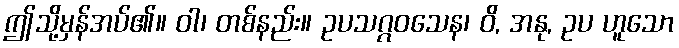
ဤသို့မှန်အပ်၏။ ဝါ၊ တစ်နည်း။ ဥပသဂ္ဂဝသေန၊ ဝိ, အနု, ဥပ ဟူသော